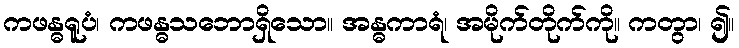
ကဖန္ဓရူပံ၊ ကဖန္ဓသဘောရှိသော။ အန္ဓကာရံ၊ အမိုက်တိုက်ကို။ ကတွာ၊ ၍။